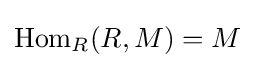
\operatorname {Hom} _{R}(R,M)=M